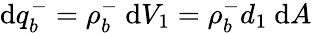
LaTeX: \mathrm{d}q_{b}^{-}=\rho_{b}^{-}\ \mathrm{d}V_{1}=\rho_{b}^{-}d_{1}\ \mathrm{d}A